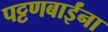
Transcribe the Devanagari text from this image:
पट्टणबाईंना